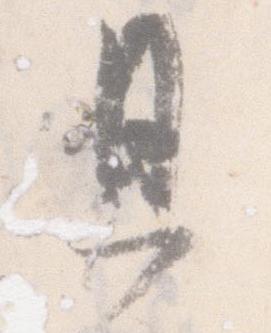
恩